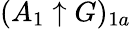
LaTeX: (A_{1}\uparrow G)_{1a}